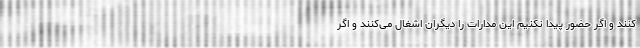
کنند و اگر حضور پیدا نکنیم این مدارات را دیگران اشغال می‌کنند و اگر